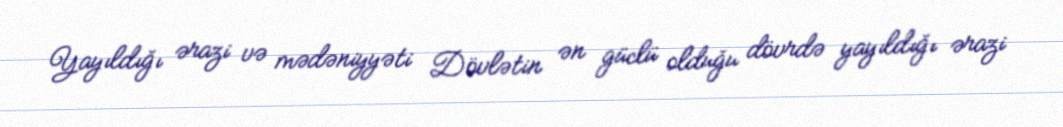
Yayıldığı ərazi və mədəniyyəti Dövlətin ən güclü olduğu dövrdə yayıldığı ərazi